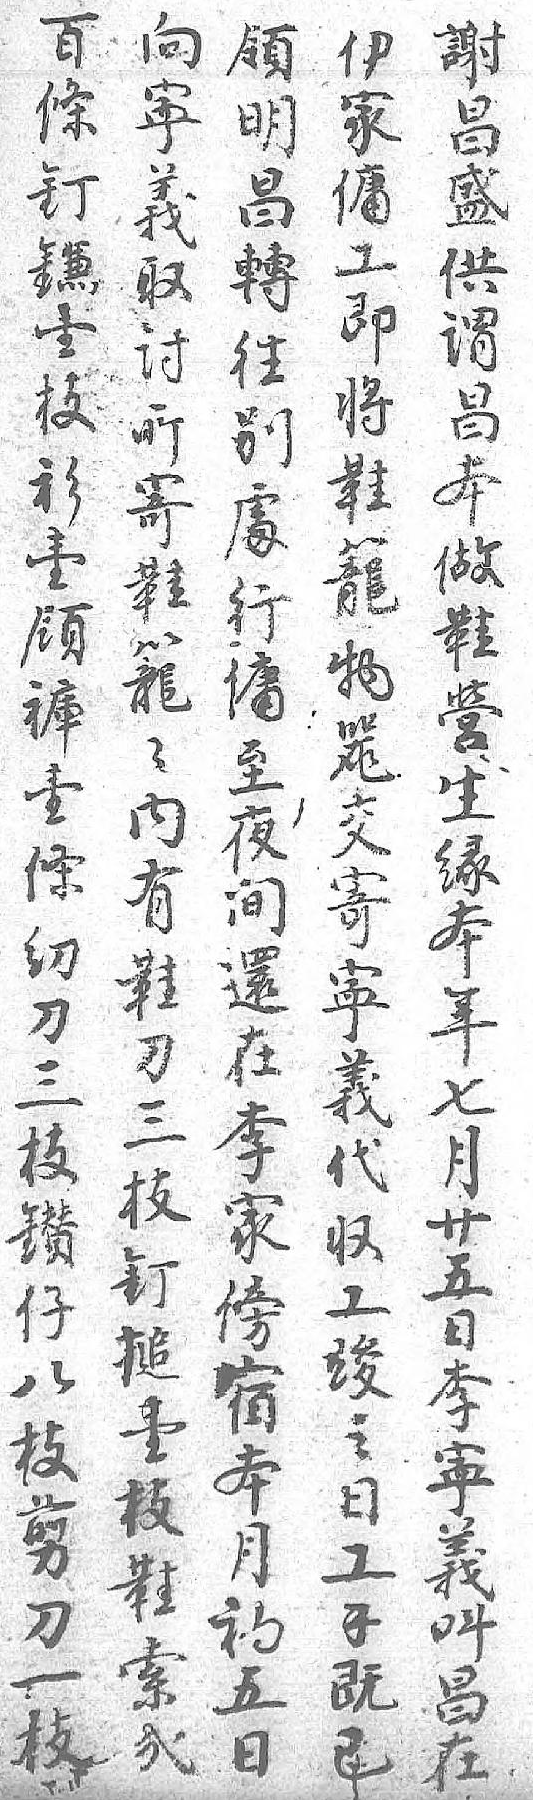
伊向百謝領家寕條昌明傭義釘盛昌工取鐮供轉即讨壹谓往将所枝昌别鞋寄衫本䖏籠鞋壹做行物籠领鞋傭器々褲营至交内壹生夜寄有條缘间寜鞋纫本還義刀刀年在代三三七李収枝枝月家工釘鑚卄傍竣槌仔五宿之壹八日本日枝枝李月工鞋剪寕初錢索刀義五既弍一呌日已 枝昌    在